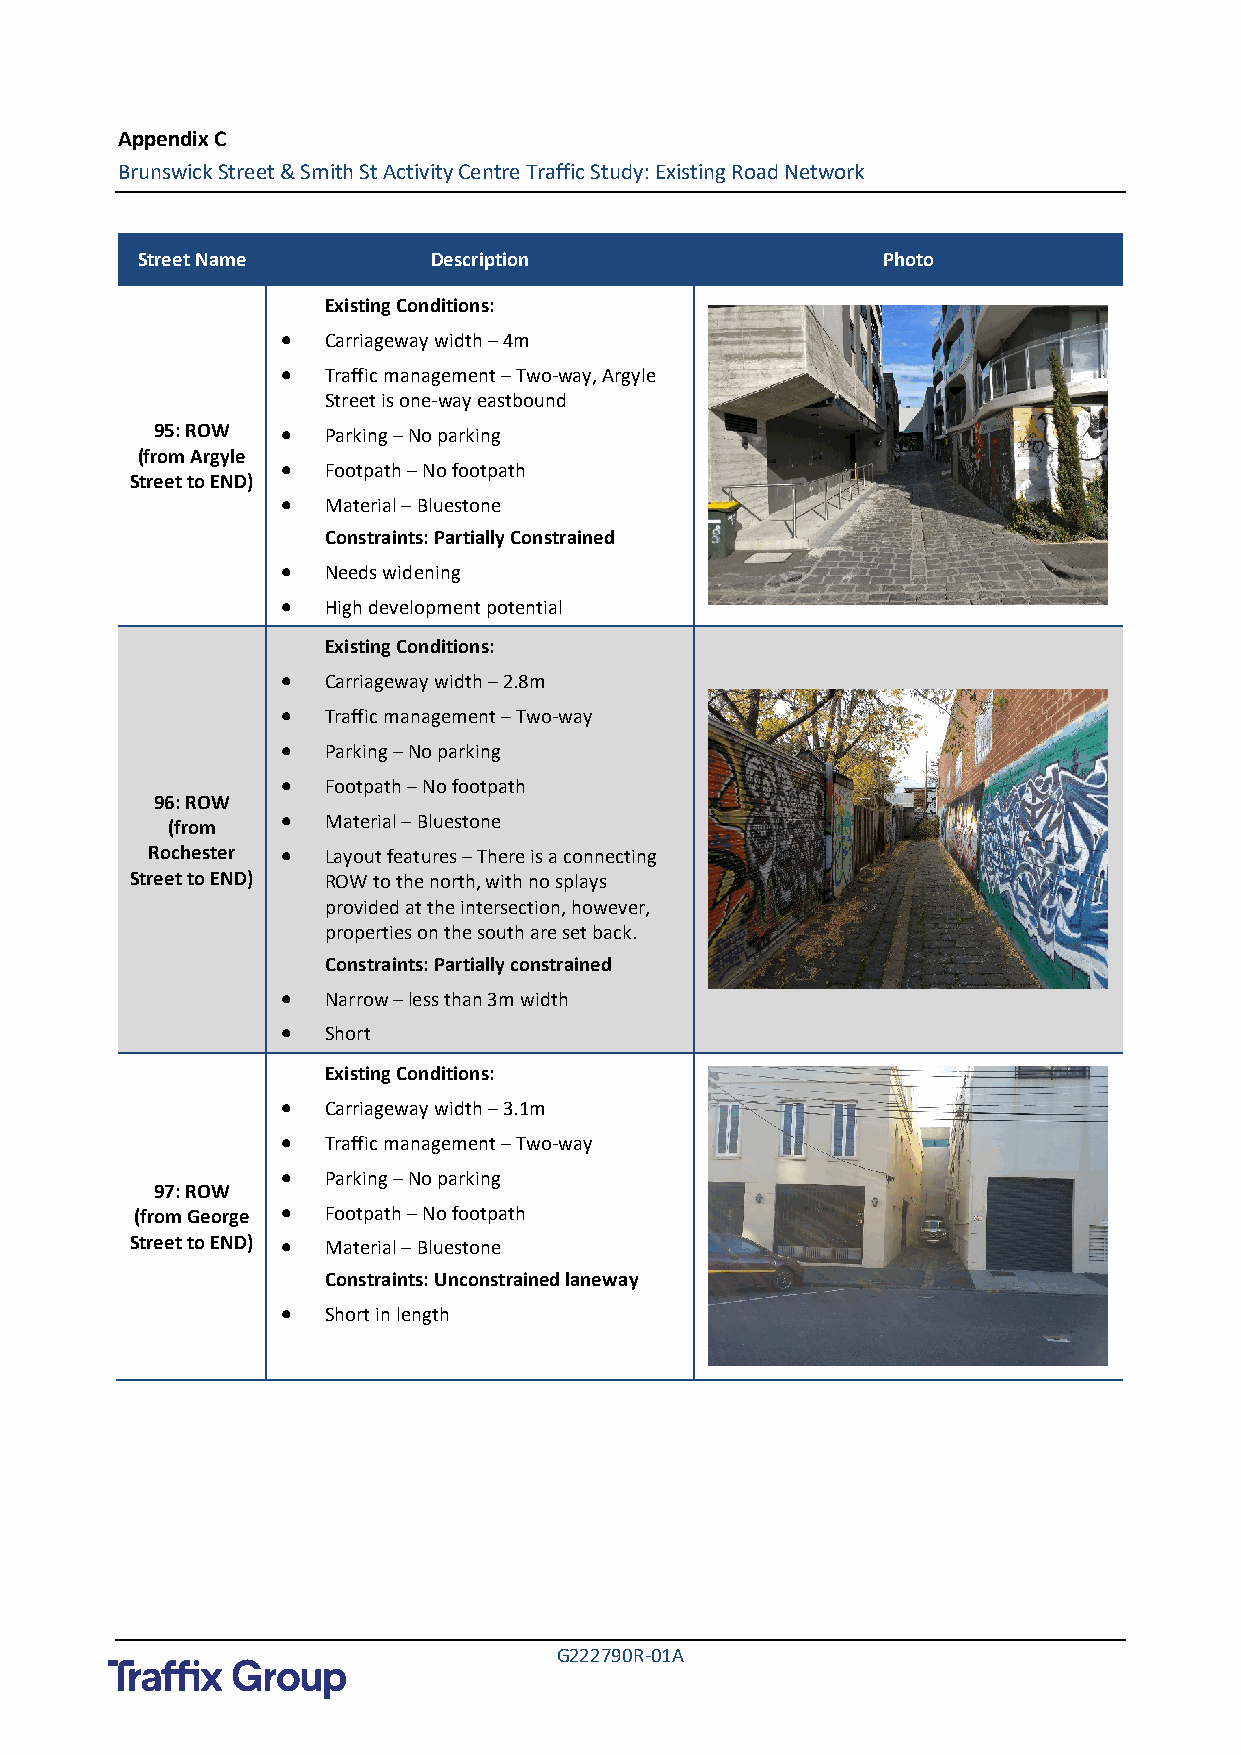
Appendix C
 Brunswick Street & Smith St Activity Centre Traffic Study: Existing Road Network
 Street Name        Description                   Photo
 Existing Conditions:
 •  Carriageway width – 4m
 •  Traffic management – Two-way, Argyle
 Street is one-way eastbound
 95: ROW  •  Parking – No parking
 (from Argyle
 •  Footpath – No footpath
 Street to END)
 •  Material – Bluestone
 Constraints: Partially Constrained
 •  Needs widening
 •  High development potential
 Existing Conditions:
 •  Carriageway width – 2.8m
 •  Traffic management – Two-way
 •  Parking – No parking
 •  Footpath – No footpath
 96: ROW
 •  Material – Bluestone
 (from
 Rochester • Layout features – There is a connecting
 Street to END) ROW to the north, with no splays
 provided at the intersection, however,
 properties on the south are set back.
 Constraints: Partially constrained
 •  Narrow – less than 3m width
 •  Short
 Existing Conditions:
 •  Carriageway width – 3.1m
 •  Traffic management – Two-way
 •  Parking – No parking
 97: ROW
 (from George • Footpath – No footpath
 Street to END) • Material – Bluestone
 Constraints: Unconstrained laneway
 •  Short in length
 G222790R-01A